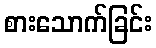
စားသောက်ခြင်း